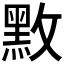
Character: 𪐫